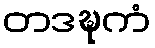
တဒဍ္ဎကံ